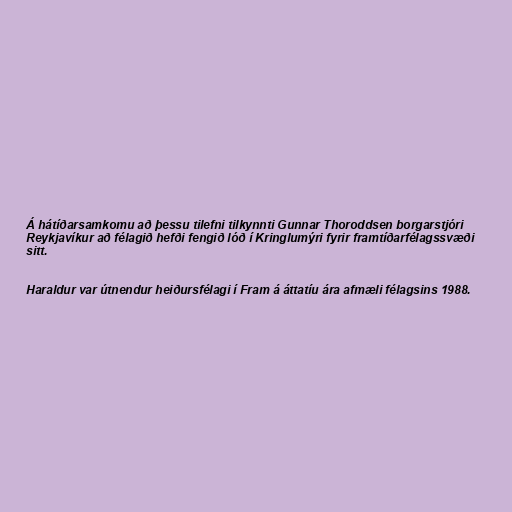
Á hátíðarsamkomu að þessu tilefni tilkynnti Gunnar Thoroddsen borgarstjóri
Reykjavíkur að félagið hefði fengið lóð í Kringlumýri fyrir framtíðarfélagssvæði
sitt.

Haraldur var útnendur heiðursfélagi í Fram á áttatíu ára afmæli félagsins 1988.